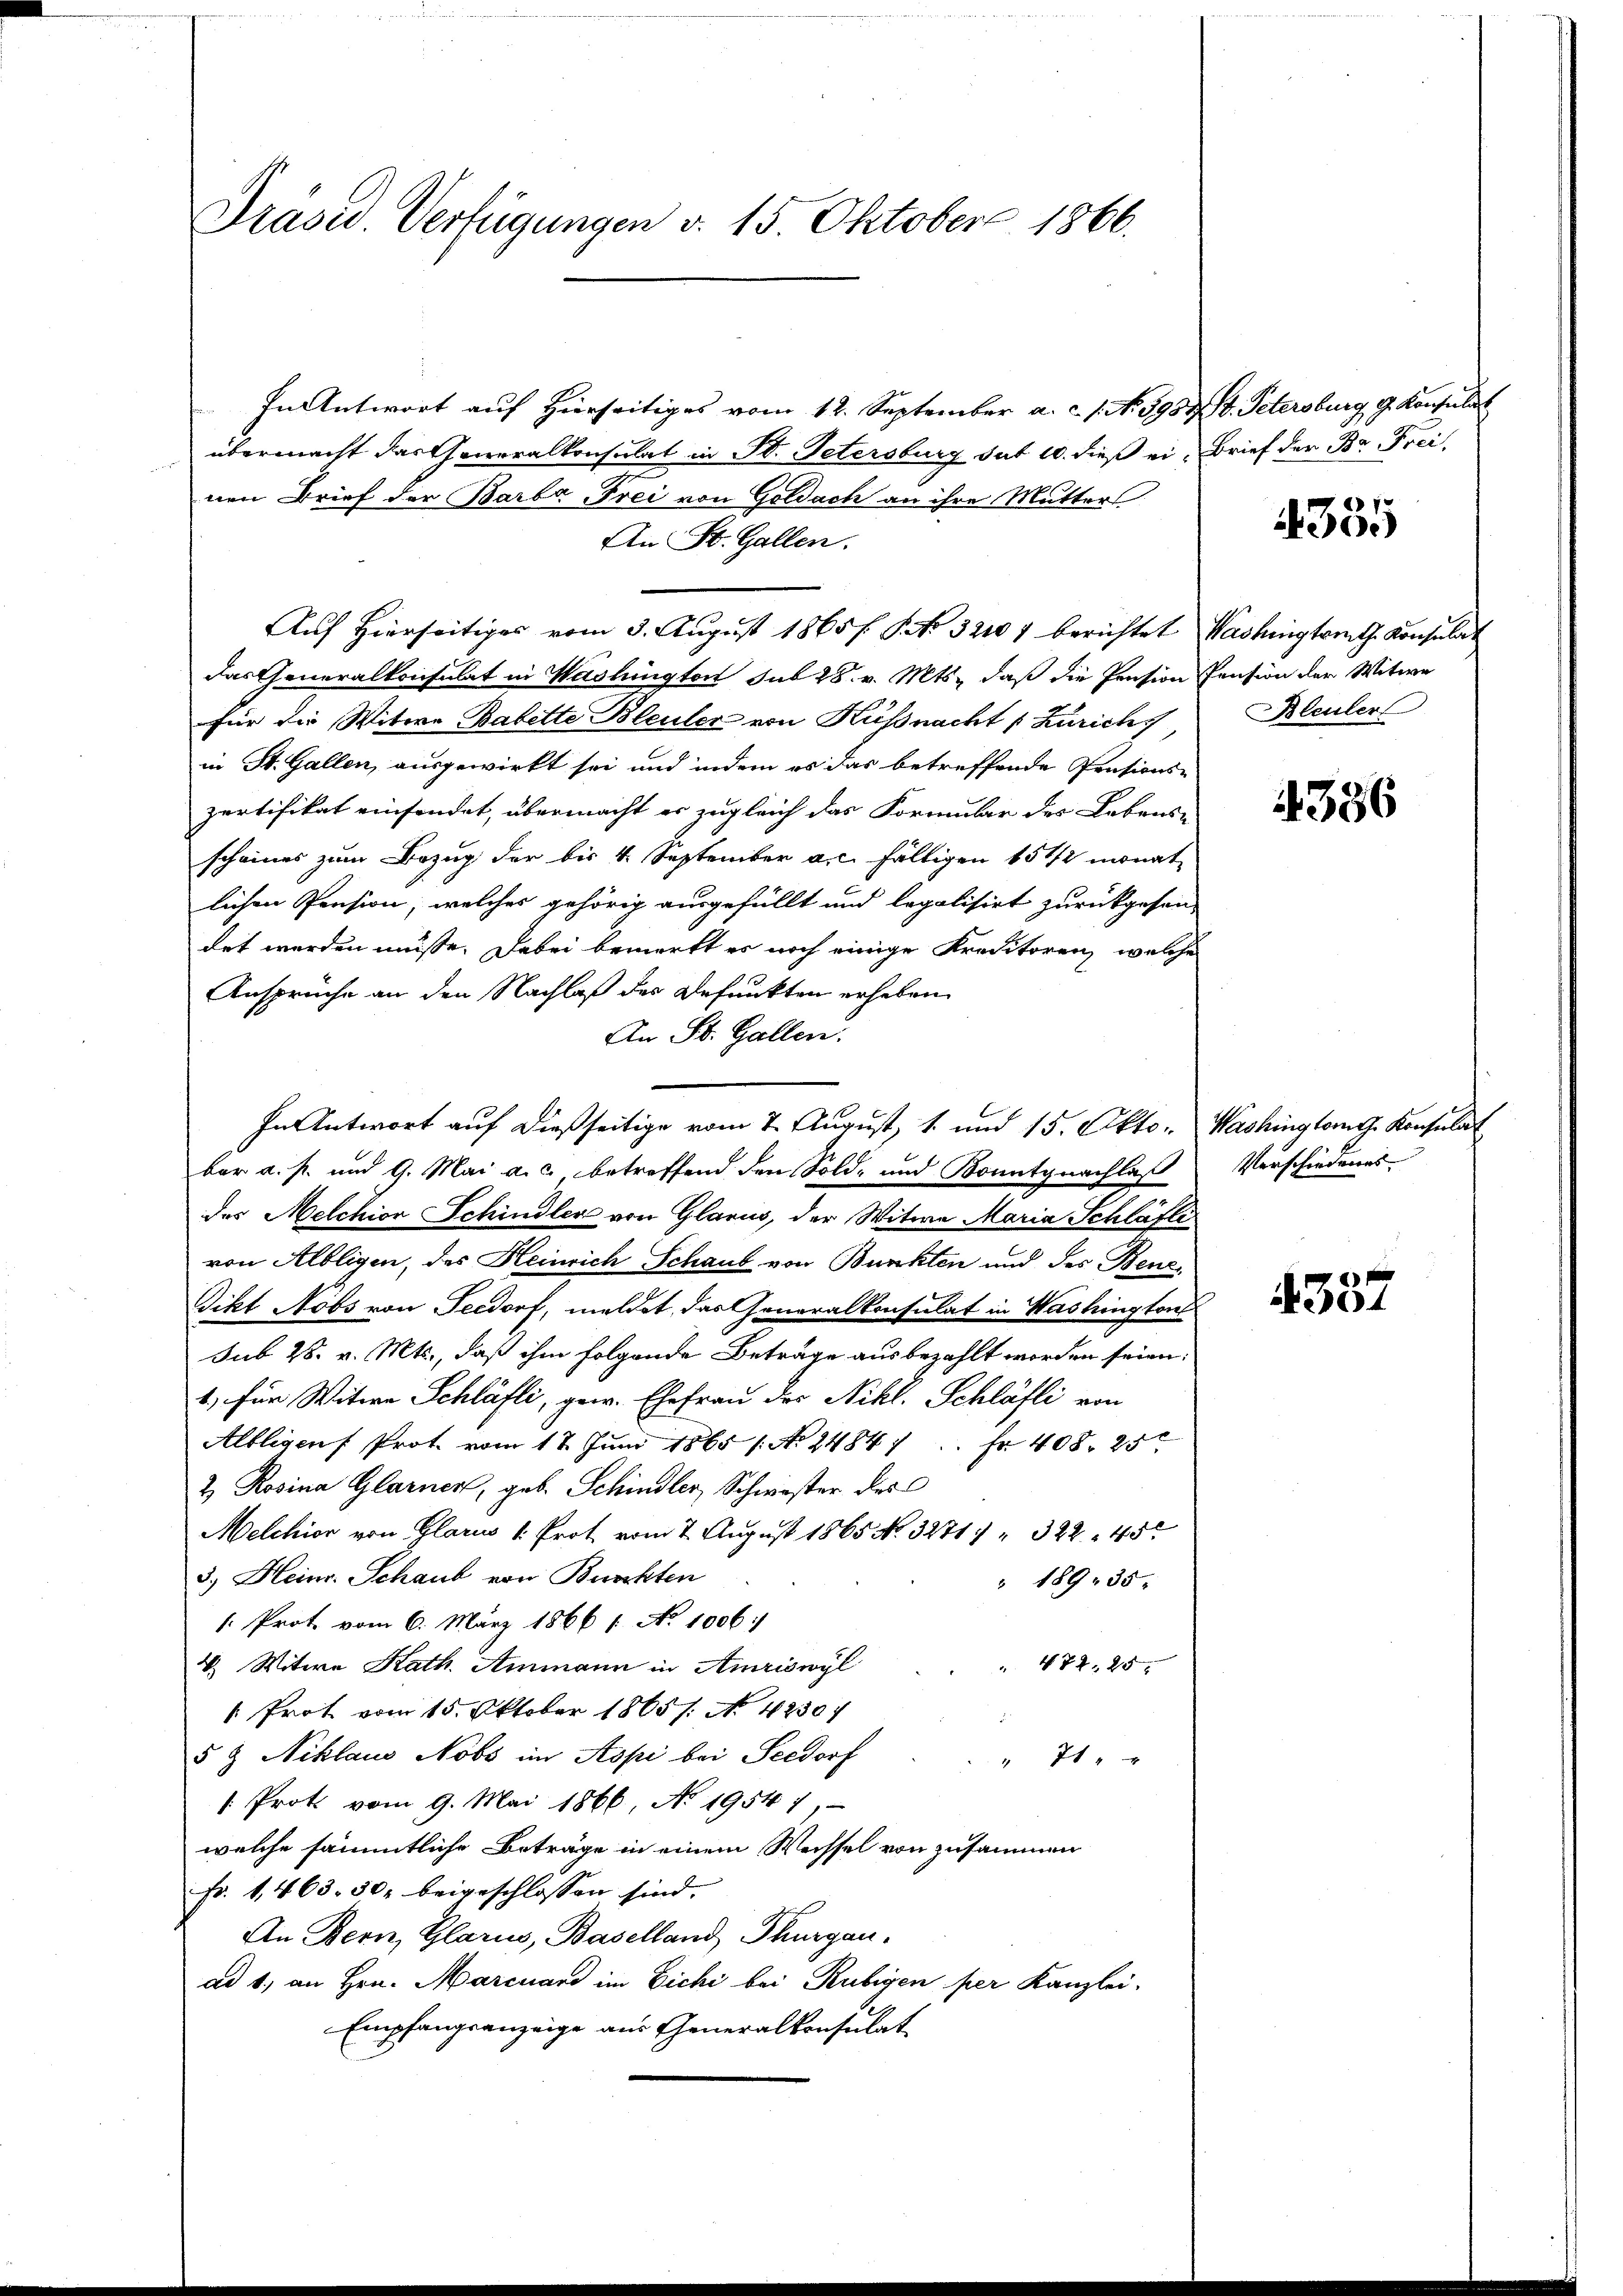
Präsid. Verfügungen d. 15. Oktober 1866.

In Antwort auf Hierseitiges vom 12. September a. c. 1. No. 3954 V. Petersburg g. Konsulat
übermacht das Generalkonsulat in St. Petersburg sut 10. dieß ei
nen Brief der Barba-Frei von Goldach an ihre Mutters
An St. Gallen.
Auf Hierseitiges vom 3. August 1865 f. S. Nr. 32107 berichtet Washingtonith Konsulat
das Generalkonsulat in Washington sub 28. v. Mts., daß die Pension Pension der Witwe
für die Witwe Babette Bleuler von Küssnacht (Zürich
in St. Gallen, ausgewirkt sei und indem es das betreffende Präsions-
pertifikat einfindet, übermacht er zugleich das Formular des Lebens-
scheines zum Bezug der bis 4. September a. c. fältigen 15 1/2 monat
lichen Pension, welches gehörig ausgefüllt und legalisirt zurückgehen,
det werden müsse. Dabei bemerkt es noch einige Kreditorenz, welche
Ansprüche an den Nachlaß des Defunkten erheben
An St. Gallen.
ber a. p. und 9. Mai a.c. betreffend den Sold- und Bonitgnachlaß
des Melchion Schindler von Glarus, der Witwe Maria Schläfte
von Albligen, der Heinrich Schaub von Bunkten und des Bene¬
Fikt Nobs von Teedorf, meldet, das Generalkonsulat in Washington
sub 28. v. Mts., daß ihm folgende Beträge ausbezahlt worden seien.
1, für Witwe Schläfli, gew. Ehefrau des Nikl. Schläfli von
Albligen Prot. vom 17. Juni 1865 /: No 24841. fr. 408. 25
& Rosina Glarner, geb. Schindler, Schwester des
Melchior von Glarus 1. Prot vom 2. August 1865 No. 3271/ " 322. 45
3.) Heinr. Schaub von Burckten
" 189. 35.
: Prot. vom 6. März 1866 1. No 1006/
V. Witwe Kath. Ammann in Amriswyl
 474. 25
 Prot vom 15. Oktober 18651. No. 4230
5 & Niklaus Nobs im Aspi bei Seedorf
" 710 x
1 Prot vom 9. Mai 1866 No 1954 1,
welche sämmtliche Beträge in einem Weissel von zusammen
Fr. 1463. 30. beigeschlossen sind,
An Bern, Glarus, Baselland Thurgau.
ad 1. an Hrn. Marcuard im Eichi bei Rubigen per Kanzlei-
Empfangsanzeige aus Generalkonsulat

In Antwort auf dießseitige vom 7. August, 1. und 15. Okto¬

Brief der Br. Frei.

4335

Bleuler

4386

Washingtont. Konsulat
Verschiedens

4357